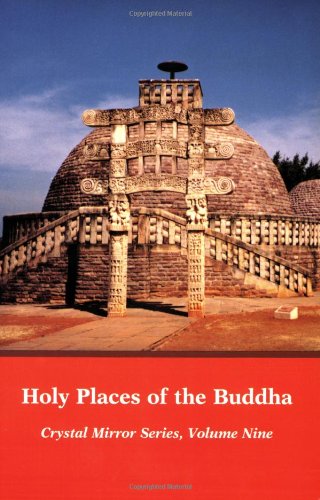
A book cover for Holy Places of the Buddha Crystal Mirror 9 (Crystal Mirror Series); Elizabeth Cook; Travel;